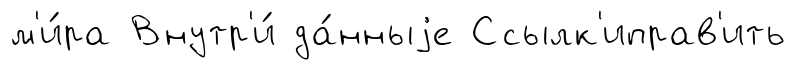
м'и́ра Внутр'и́ да́нныjе Ссылк'иправ'ить